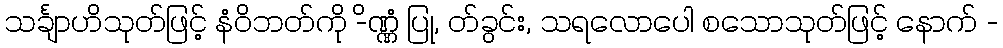
သင်္ချာဟိသုတ်ဖြင့် နံဝိဘတ်ကို -ိဏ္ဏံ ပြု, တ်ခွင်း, သရလောပေါ စသောသုတ်ဖြင့် နောက် -